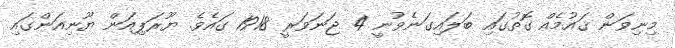
މިނިވަން ޤައުމެއް ގޮތުގައި ބަލައިގަނެވުނީ 4 ޖަނަވަރީ 1918 ގައެވެ. ޔޫރަޕިއަން ޔޫނިއަންގައި